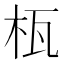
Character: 𣐎